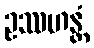
ဥဿဟန္တံ